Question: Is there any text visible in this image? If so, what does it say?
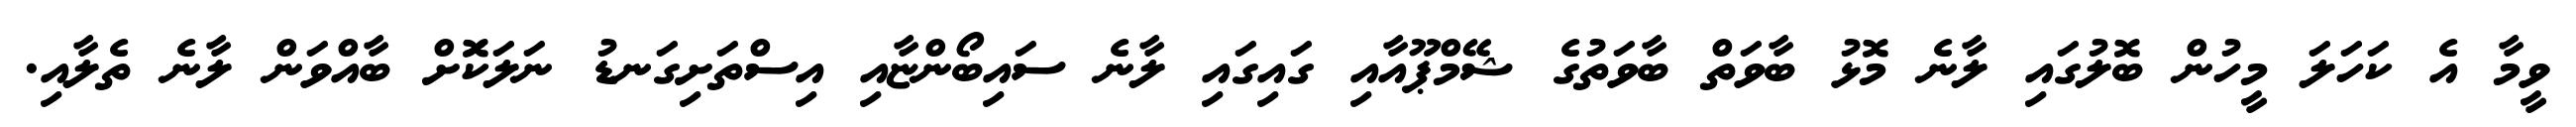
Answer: ވީމާ އެ ކަހަލަ މީހުން ބޮލުގައި ލާނެ މޮޅު ބާވަތް ބާވަތުގެ ޝޭމްޕޫއާއި ގައިގައި ލާނެ ސައިބޯންޏާއި އިސްތަށިގަނޑު ނަލަކޮަށް ބާއްވަން ލާނެ ތެލާއި.